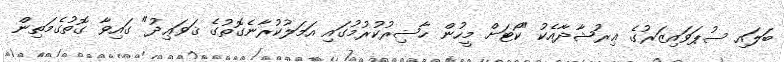
ބަލައި ސުޕަވައިޒަރުގެ ޢިރުޝާދާއެކު "ކޯޓަށް މީހުން ޙާޟިރުކުރުމުގައި އަމަލުކުރާނެގޮތުގެ ޤަވަޢިދު" ގައިވާ ގޮތުގެމަތިން